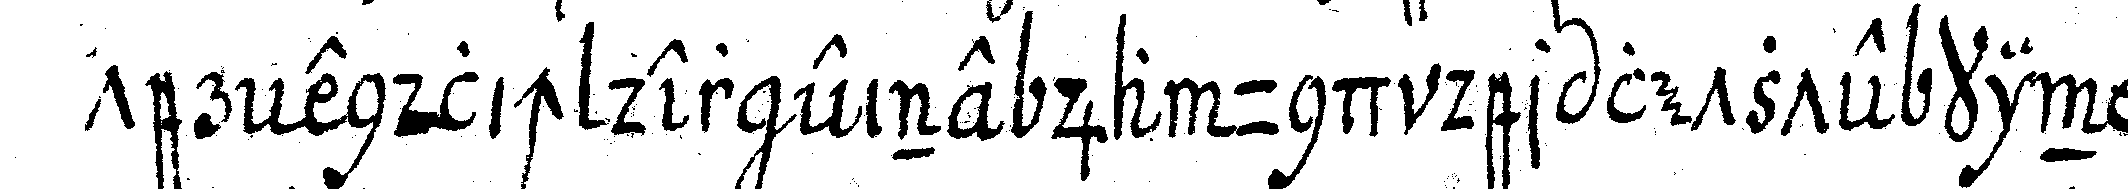
ter endlich der eine ja und der letzte kin